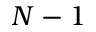
N - 1